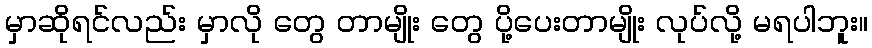
မှာဆိုရင်လည်း မှာလို တွေ တာမျိုး တွေ ပို့ပေးတာမျိုး လုပ်လို့ မရပါဘူး။